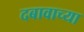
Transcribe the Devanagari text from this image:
दबावाच्या